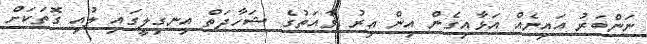
ނަންބަރު އައިނެއް އަޅާއިގެން އިން އިރު ވާއަތުގެ ޝަހާދަތް އިނގިލީގައި ލުއި ގޮތަކަށް